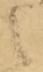
之